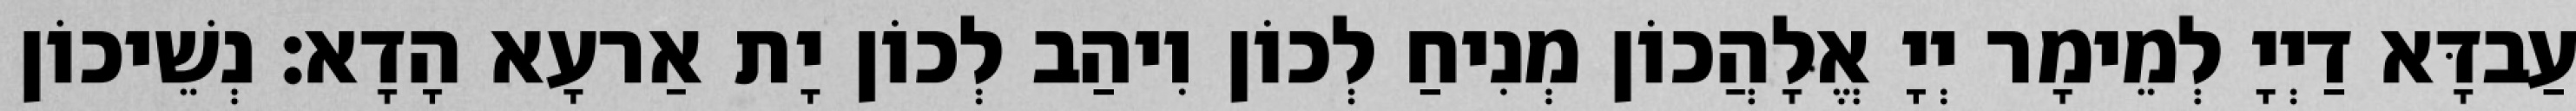
עַבדָּא דַיְיָ לְמֵימָר יְיָ אֱלָהֲכוֹן מְנִיחַ לְכוֹן וִיהַב לְכוֹן יָת אַרעָא הָדָא׃ נְשֵׁיכוֹן